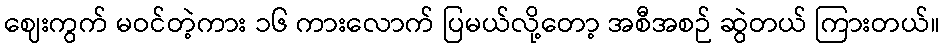
ဈေးကွက် မဝင်တဲ့ကား ၁၆ ကားလောက် ပြမယ်လို့တော့ အစီအစဉ် ဆွဲတယ် ကြားတယ်။